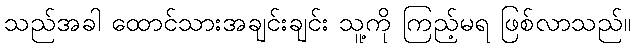
သည်အခါ ထောင်သားအချင်းချင်း သူ့ကို ကြည့်မရ ဖြစ်လာသည်။